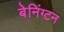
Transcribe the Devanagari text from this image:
बेनिंग्टन